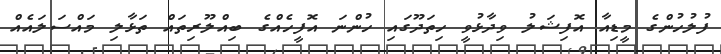
ފުލުހުންގެ މީޑިއާ އޮފިޝަލު ވިދާޅުވީ ހިތަދޫގައި ހުންނަ އޮފީހެއްގެ ބިއްލޫރިތައް ތަޅާލި މައްސަލައެއް